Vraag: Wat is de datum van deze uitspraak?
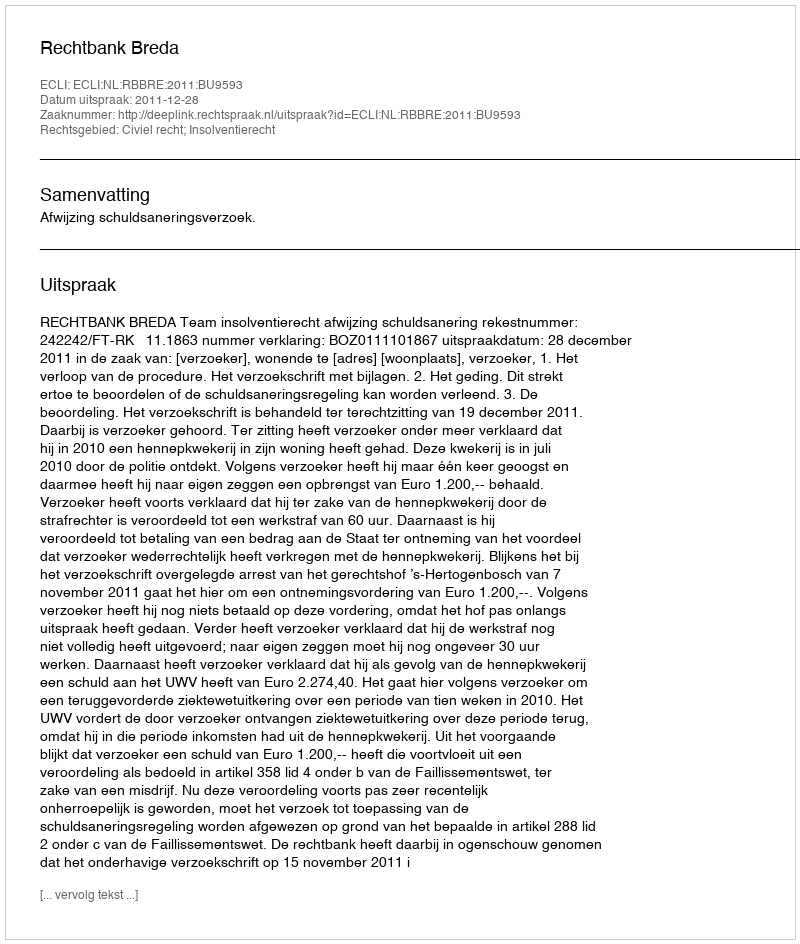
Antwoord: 2011-12-28